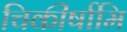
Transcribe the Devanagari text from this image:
चिकीर्षामि